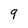
Character: 9